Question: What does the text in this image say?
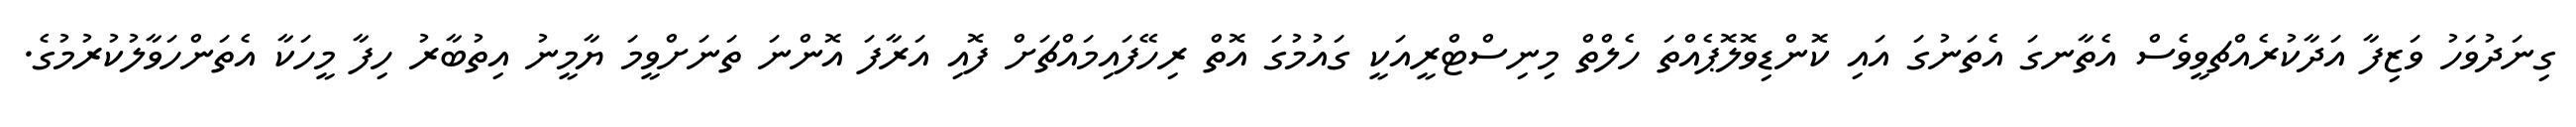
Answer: ގިނަދުވަހު ވަޒިފާ އަދާކުރެއްޗވީވެސް އެތާނގަ އެތަނުގަ އައި ކޮންޑިވޮލޮޕެއްތަ ހެލްތް މިނިސްޓްރީއަކީ ގައުމުގަ އޮތް ރިހޭފައިމައްޗަށް ފޮއި އަރާފަ އޮންނަ ތަނަށްވީމަ ޔާމީނު އިތުބާރު ހިފާ މީހަކާ އެތަންހަވާލުކުރުމުގެ.